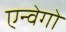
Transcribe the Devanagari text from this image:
एन्वेगो